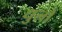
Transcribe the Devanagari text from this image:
धुलों